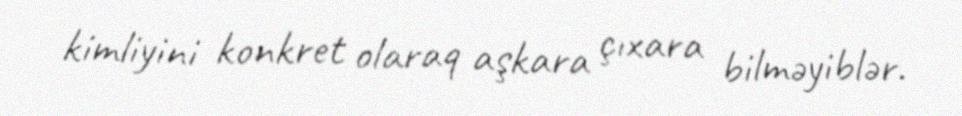
kimliyini konkret olaraq aşkara çıxara bilməyiblər.